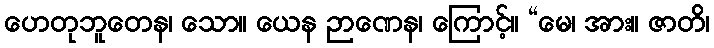
ဟေတုဘူတေန၊ သော။ ယေန ဉာဏေန၊ ကြောင့်။ “မေ၊ အား။ ဇာတိ၊